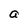
Character: a